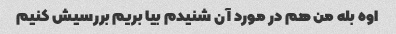
اوه بله من هم در مورد آن شنیدم بیا بریم بررسیش کنیم